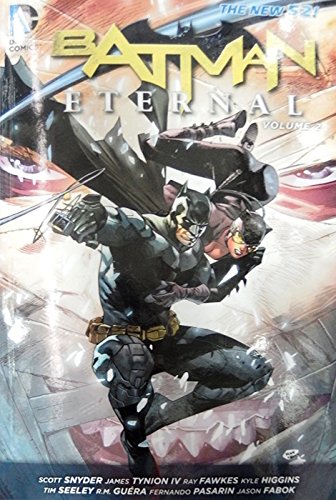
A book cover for Batman Eternal Vol. 2 (The New 52); Scott Snyder; Comics & Graphic Novels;